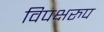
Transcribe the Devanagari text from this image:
विपक्षरुप